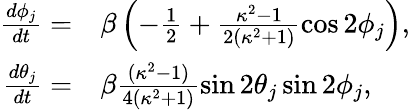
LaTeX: \begin{array}{rl}{\frac{d\phi_{j}}{dt}=}&{{}\beta\left(-\frac{1}{2}+\frac{\kappa^{2}-1}{2(\kappa^{2}+1)}\cos 2\phi_{j}\right),}\\ {\frac{d\theta_{j}}{dt}=}&{{}\beta\frac{(\kappa^{2}-1)}{4(\kappa^{2}+1)}\sin 2\theta_{j}\sin 2\phi_{j},}\end{array}